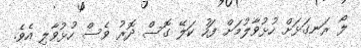
ލޯ ރަނގަޅަށް ހުޅުވާލުމަށް ފަހު ކަލޭ ގޮސް ދޮރު ވެސް ހުޅުވާލި އެވެ.